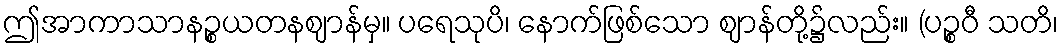
ဤအာကာသာနဉ္စယတနဈာန်မှ။ ပရေသုပိ၊ နောက်ဖြစ်သော ဈာန်တို့၌လည်း။ (ပဉ္စဝီ သတိ၊